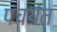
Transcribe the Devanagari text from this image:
पंचयत